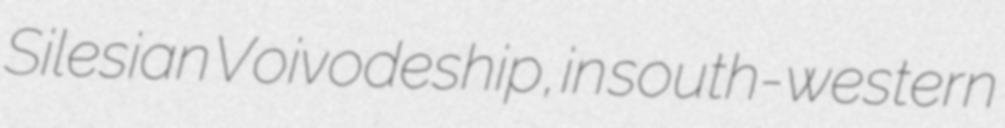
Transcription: Silesian Voivodeship, in south-western